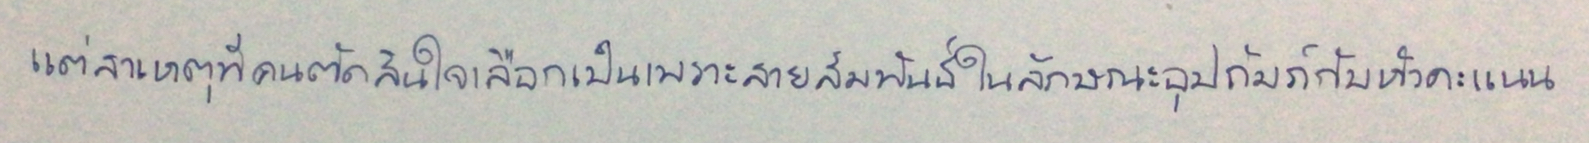
แต่สาเหตุที่คนตัดสินใจเลือกเป็นเพราะสายสัมพันธ์ในลักษณะอุปถัมภ์กับหัวคะแนน